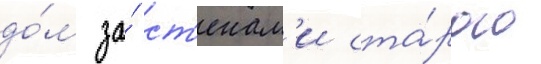
до́м за́ ст'енам'и ста́рого